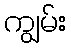
ကျွမ်း